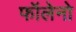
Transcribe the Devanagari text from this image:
फॉलेनो